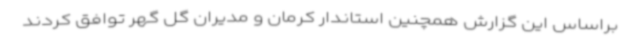
براساس این گزارش همچنین استاندار کرمان و مدیران گل گهر توافق کردند